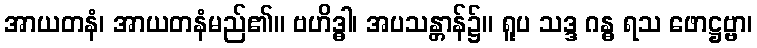
အာယတနံ၊ အာယတနံမည်၏။ ဗဟိဒ္ဓါ၊ အပသန္တာန်၌။ ရူပ သဒ္ဒ ဂန္ဓ ရသ ဖောဋ္ဌဗ္ဗာ၊